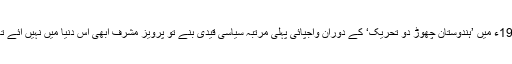
1942ء میں ’ہندوستان چھوڑ دو تحریک‘ کے دوران واجپائی پہلی مرتبہ سیاسی قیدی بنے تو پرویز مشرف ابھی اس دنیا میں نہیں آئے تھے۔